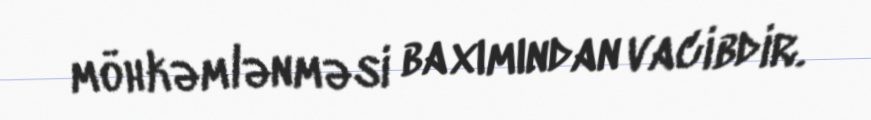
möhkəmlənməsi baxımından vacibdir.